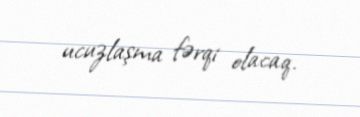
ucuzlaşma fərqi olacaq.